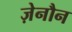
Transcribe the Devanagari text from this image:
ज़ेनौन